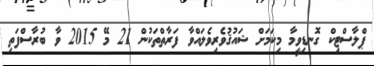
ޕްލާސްޓިކް ގޮނޑިވީމާ މިކަމަށް ޝައުޤުވެރިވެލައްވާ ފަރާތްތަކުން 21 މޭ 2015 ވާ ބުރާސްފަތި